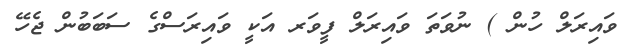
ވައިރަލް ހުން ) ނުވަތަ ވައިރަލް ފީވަރ އަކީ ވައިރަސްގެ ސަބަބުން ޖެހޭ